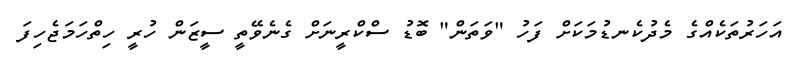
އަހަރުތަކެއްގެ މެދުކެނޑުމަކަށް ފަހު "ވަތަން" ބޮޑު ސްކްރީނަށް ގެނެވޭތީ ސީޒަން ހުރީ ހިތްހަމަޖެހިފަ